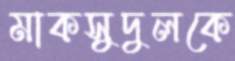
মাকসুদুলকে